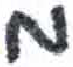
אות: מ